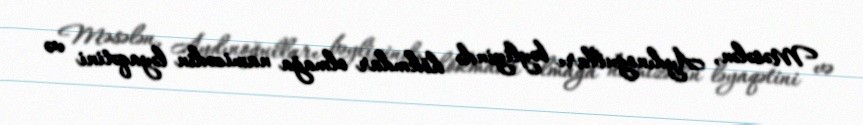
Məsələn, Aydınoğulları bəyliyində hökmdar olmağa namizədin ləyaqətini və